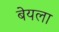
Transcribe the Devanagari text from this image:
बेयला